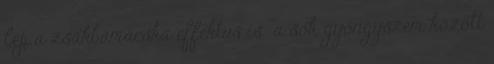
lép a zsákbamacska effektus is: a sok gyöngyszem között